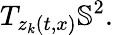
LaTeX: T_{z_{k}(t,x)}\mathbb{S}^{2}.